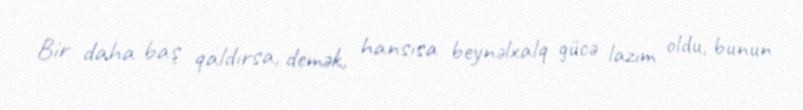
Bir daha baş qaldırsa, demək, hansısa beynəlxalq gücə lazım oldu, bunun